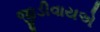
જીડીવાયએ